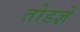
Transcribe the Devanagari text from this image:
तोडज्ञे